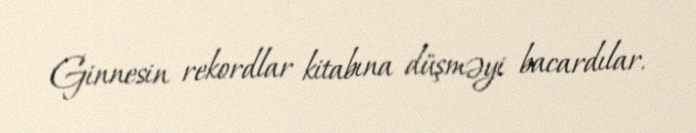
Ginnesin rekordlar kitabına düşməyi bacardılar.